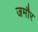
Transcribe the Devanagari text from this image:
जमौर